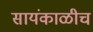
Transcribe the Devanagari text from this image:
सायंकाळीच